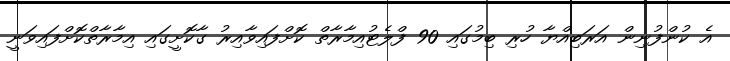
އެ ކުންފުނިން އަރަބިއްޔާ ހުރި ބިމުގައި 90 ފްލެޓުއިމާރާތް ކޮށްފައިވާއިރު ގާކޮށީގައި އިމާރާތްކޮށްފައިވަނީ